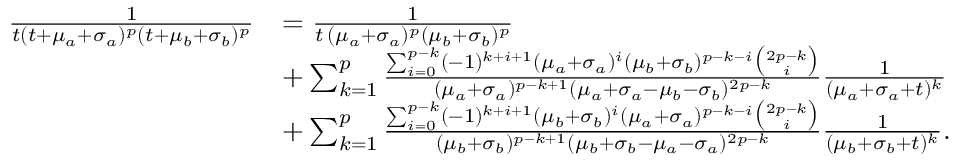
\begin{array} { r l } { \frac { 1 } { t ( t + \mu _ { a } + \sigma _ { a } ) ^ { p } ( t + \mu _ { b } + \sigma _ { b } ) ^ { p } } } & { = \frac { 1 } { t \, ( \mu _ { a } + \sigma _ { a } ) ^ { p } ( \mu _ { b } + \sigma _ { b } ) ^ { p } } } \\ & { + \sum _ { k = 1 } ^ { p } \frac { \sum _ { i = 0 } ^ { p - k } ( - 1 ) ^ { k + i + 1 } ( \mu _ { a } + \sigma _ { a } ) ^ { i } ( \mu _ { b } + \sigma _ { b } ) ^ { p - k - i } \binom { 2 p - k } { i } } { ( \mu _ { a } + \sigma _ { a } ) ^ { p - k + 1 } ( \mu _ { a } + \sigma _ { a } - \mu _ { b } - \sigma _ { b } ) ^ { 2 p - k } } \frac { 1 } { ( \mu _ { a } + \sigma _ { a } + t ) ^ { k } } } \\ & { + \sum _ { k = 1 } ^ { p } \frac { \sum _ { i = 0 } ^ { p - k } ( - 1 ) ^ { k + i + 1 } ( \mu _ { b } + \sigma _ { b } ) ^ { i } ( \mu _ { a } + \sigma _ { a } ) ^ { p - k - i } \binom { 2 p - k } { i } } { ( \mu _ { b } + \sigma _ { b } ) ^ { p - k + 1 } ( \mu _ { b } + \sigma _ { b } - \mu _ { a } - \sigma _ { a } ) ^ { 2 p - k } } \frac { 1 } { ( \mu _ { b } + \sigma _ { b } + t ) ^ { k } } . } \end{array}